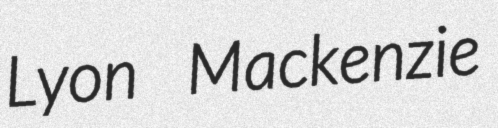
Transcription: Lyon Mackenzie